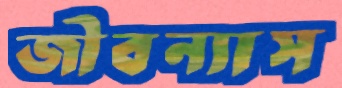
জীবন্যাস